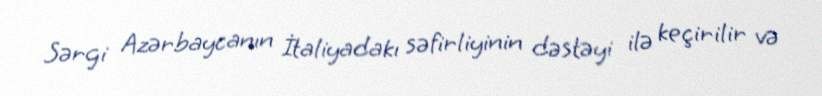
Sərgi Azərbaycanın İtaliyadakı səfirliyinin dəstəyi ilə keçirilir və